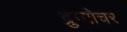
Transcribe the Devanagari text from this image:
द्रुग्गोचर